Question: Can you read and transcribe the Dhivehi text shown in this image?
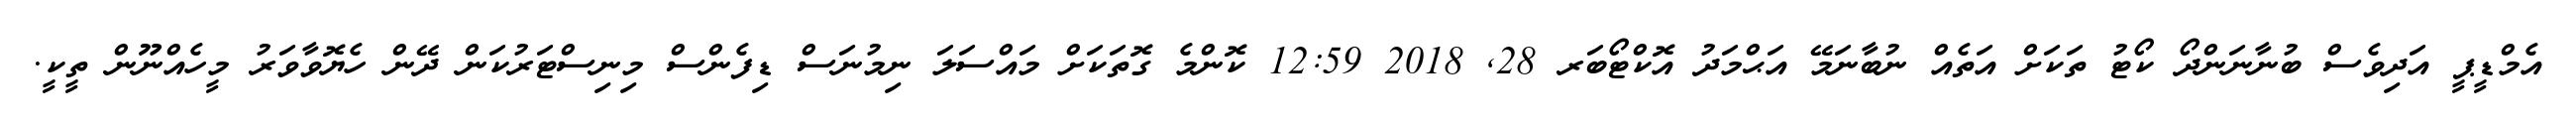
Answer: އެމްޑީޕީ އަދިވެސް ބުނާނަންދޯ ކޯޓު ތަކަށް އަތެއް ނުބާނަމޭ އަޙްމަދު އޮކްޓޯބަރ 28, 2018 12:59 ކޮންމެ ގޮތަކަށް މައްސަލަ ނިމުނަސް ޑިފެންސް މިނިސްޓަރުކަން ދޭން ހެޔޮވާވަރު މީހެއްނޫން ތީކީ.